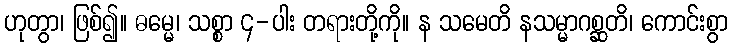
ဟုတွာ၊ ဖြစ်၍။ ဓမ္မေ၊ သစ္စာ ၄-ပါး တရားတို့ကို။ န သမေတိ နသမ္မာဂစ္ဆတိ၊ ကောင်းစွာ